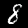
Label: 8